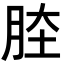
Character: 𦛏